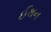
ઈથન